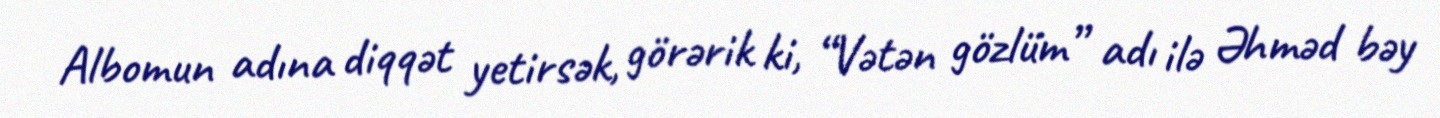
Albomun adına diqqət yetirsək, görərik ki, “Vətən gözlüm” adı ilə Əhməd bəy